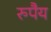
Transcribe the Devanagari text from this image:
रुपैय